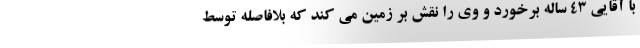
با آقایی ۴۳ ساله برخورد و وی را نقش بر زمین می کند که بلافاصله توسط